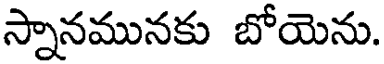
స్నానమునకు బోయెను.